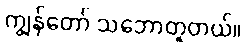
ကျွန်တော် သဘောတူတယ်။